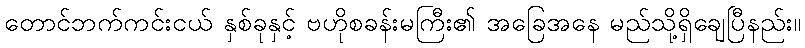
တောင်ဘက်ကင်းငယ် နှစ်ခုနှင့် ဗဟိုစခန်းမကြီး၏ အခြေအနေ မည်သို့ရှိချေပြီနည်း။